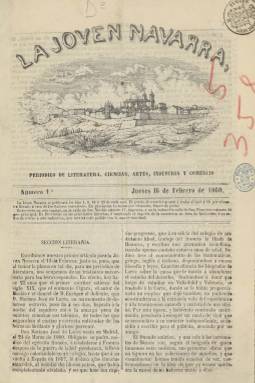
Título: La Joven Navarra
Colección: Revistas de información general
Ámbito geográfico: Navarra
Lugar de publicación: Pamplona
Fechas: 16/02/1860-16/05/1860

Periódico de literatura, ciencias, artes, industria y comercio, indica el subtítulo de “una de las más notables y eruditas” publicaciones navarras de la época (Imbuluzqueta: 1993), y aunque en su primer número exponga que no iba a tratar de política, serán las ideas liberales las que “afloran en sus páginas”, teniendo en cuenta que sus principales redactores estaban adscritos al moderantismo o al progresismo, según señala Ángel García-Sanz en el artículo que publica sobre este título en la obra colectiva La prensa de los siglos XIX y XX (1996). La colección de este periódico en la Biblioteca Nacional de España (BNE) alcanza hasta su entrega 13, correspondiendo su periodo de publicación del 16 de febrero al 16 de mayo de 1860. Aunque pudo haber publicado otras dos entregas posteriores, según el catálogo de García Rico (1916).

En un año en el que sólo se publicaba el Boletín Oficial de Navarra, aparecerá también este título los días 1, 8, 16 y 23 de cada mes -prácticamente fue semanal-, en formato folio menor, con ocho páginas cada entrega, compuestas a dos columnas, y con foliación continuada, alcanzando un total de 104. Su permanencia resultó ser, por tanto, corta, llevando adornada su cabecera con el grabado de una vista de la ciudad de Pamplona.

En el prospecto había señalado que la publicación estaría preferentemente dedicada a la “juventud estudiosa” navarra, prestando especial atención a temas de historia, leyendas o tradiciones locales, según la reproducción que hace del mismo el citado Imbuluzqueta, tomándolo del transcrito en un artículo del seis de julio de 1923 de La Voz de Navarra. Se estructura en secciones, comenzando por la literaria, dedicada a artículos doctrinales, de historia, geografía, música o pintura, entre otros; otra será para temas de ciencias o industria; tendrá una Revista teatral, así como la denominada Mosaico, una especie de gacetilla de actualidad local; también ofrece los precios de los granos del mercado y, al final, inserta anuncios, que en los últimos números llegan a ocupar completamente la última plana.

Un artículo con motivo del aniversario del fallecimiento de José Mariano de Larra (1809-1837), firmado por Luis María Lasala Lozano, y otro sobre el origen de la imprenta en Navarra, bajo las iniciales P.I., comienzan la primera entrega, que también estará dedicada a textos, tanto en prosa como en verso, dedicados a celebrar de forma entusiasta la reciente toma de Tetuán por el ejército español en la Guerra de África, en la que estaban participando activamente los navarros -asunto este del que seguirá tratando en posteriores entregas-, firmados, entre otros, por el ya citado Lasala, así como por Silverio Falcón, Eladio Rivas, Teodoro Gandiaga, el entonces gobernador civil de la provincia, Trinidad Sicilia (con una proclama) o la crónica de Joaquín Salboch, que escribirá sobre los actos llevados a cabo por tal acontecimiento.

Aunque se desconoce quién pudiera ejercer la dirección del periódico, es a Salboch a quien se le ha atribuido, y García-Sanz indica que tanto Lasala como Rivas pudieron ser sus promotores. Aparece indicado como su editor responsable Sixto Díaz de Espada, que también era el encargado de la Imprenta de Huarte, donde se estampaba. El secretario de redacción fue un entonces joven Eduardo Ilarregui Iguerabide, y entre sus colaboradores se encontraron, asimismo, Pablo Ilarregui Alonso (padre del citado Eduardo), Javier Rota Aranaz, Joaquín Jamar Domenech, Tirso Elizalde, Pedro Gómez, Juan Yangüas, Sotero Martínez de Zúñiga, el fuerista Víctor Oscáriz y Lasaga o Juan Iturralde Suit, entre otros. La mayor parte de ellos eran jóvenes pertenecientes a las clases profesionales y medias.

Entre otros contenidos de interés de la publicación, destaca la partitura musical titulada Leopoldina: redowa, dedicada en honor al general O’Donnell, por el maestro D.M. García, así como algunas de las ilustraciones que a veces insertó, como un grabado humorístico sobre la citada Guerra de África; además de varios artículos de historia, como el dedicado al origen de la monarquía navarra, o los referidos a Economía y trabajo; Derecho penal, firmados por Yangüas, o sobre Filosofía de la historia, bajo la rúbrica de Oscáriz.

Además de las fuentes citadas, para la historia de la prensa navarra del siglo XIX pueden consultarse las obras de Juan María Lacea (1977) o Ana María Calzada (1964), entre otras.